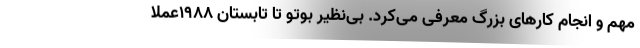
مهم و انجام کارهای بزرگ معرفی می‌کرد. بی‌نظیر بوتو تا تابستان ۱۹۸۸عملا